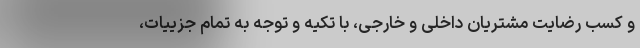
و کسب رضایت مشتریان داخلی و خارجی، با تکیه و توجه به تمام جزییات،